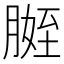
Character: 𱼒